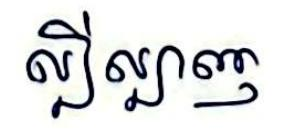
ល្បីល្បាញ